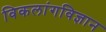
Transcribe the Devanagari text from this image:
विकलांगविज्ञान